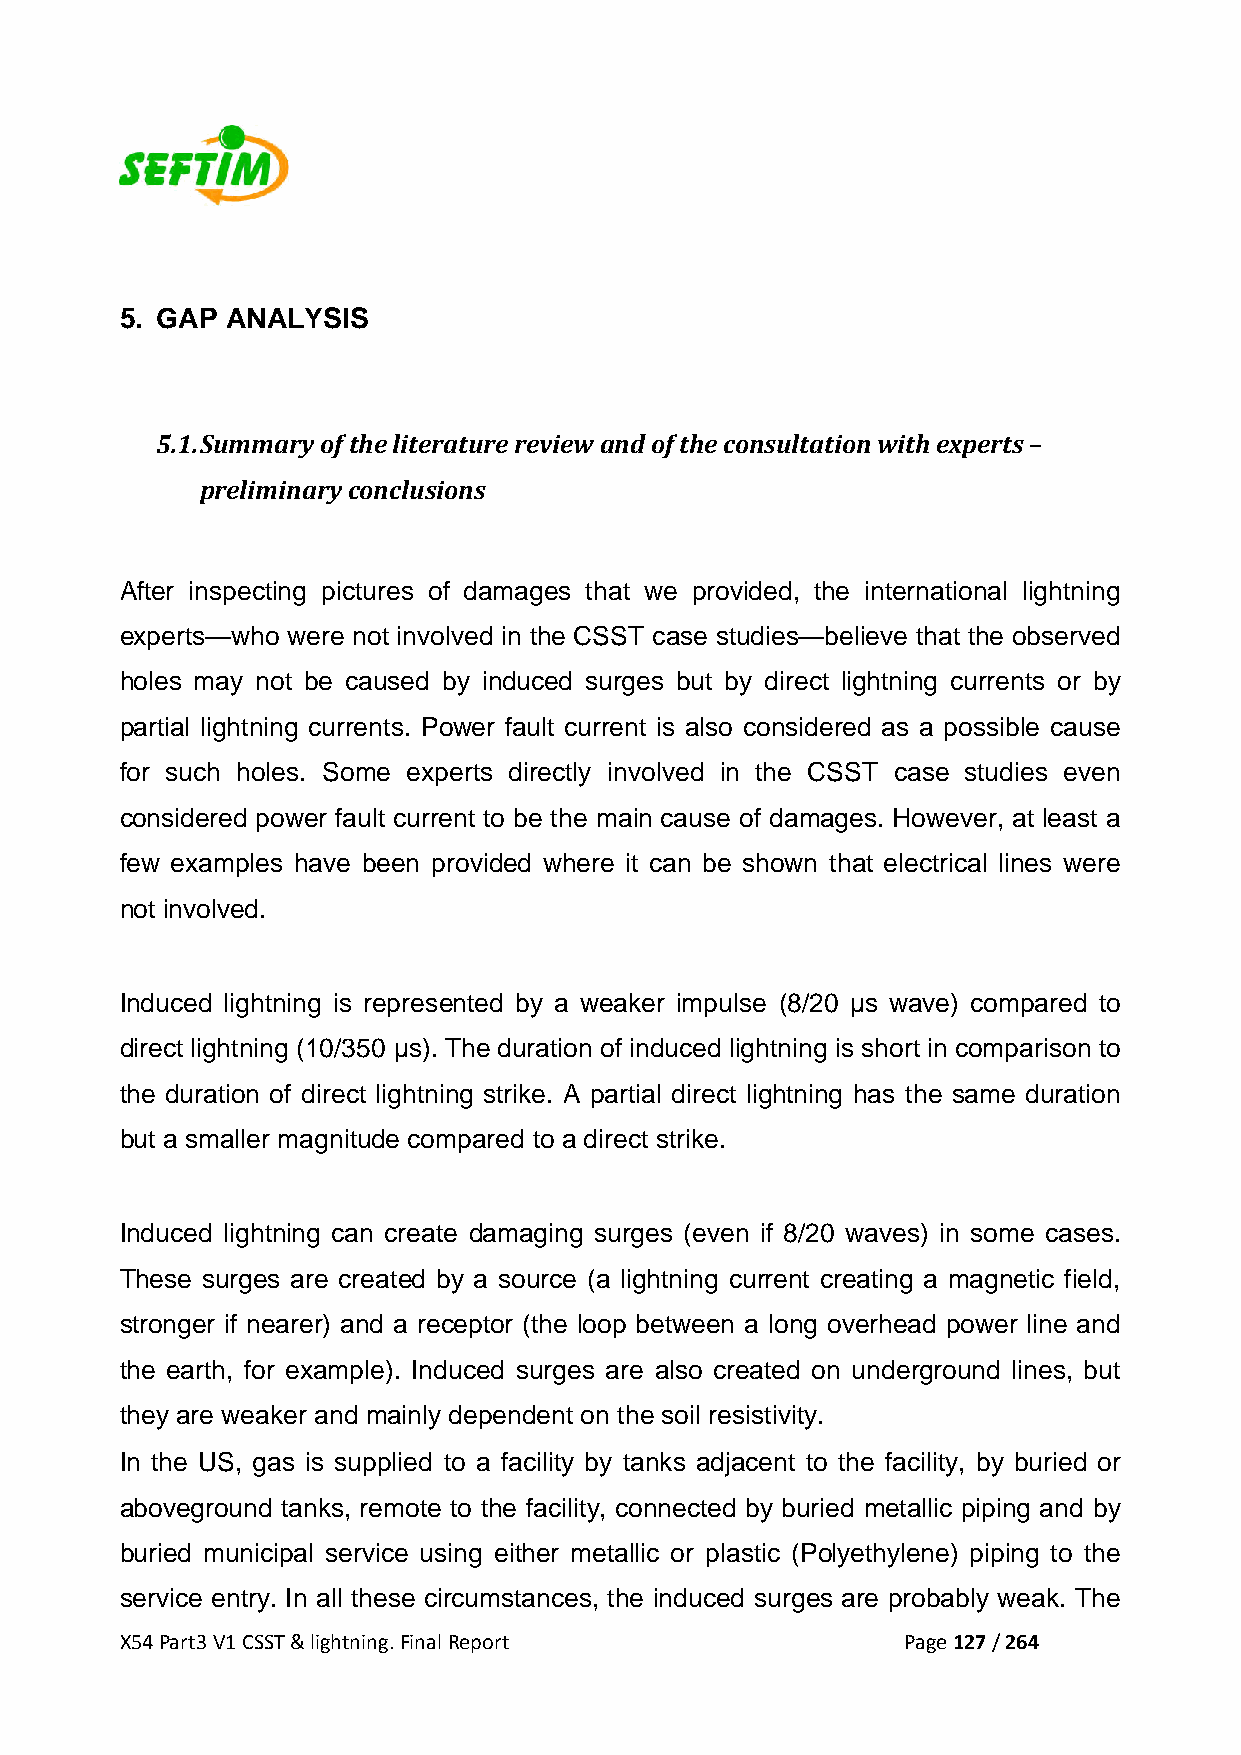
5. GAP ANALYSIS
 5.1. Summary of the literature review and of the consultation with experts –
 preliminary conclusions
 After inspecting pictures of damages that we provided, the international lightning
 experts—who were not involved in the CSST case studies—believe that the observed
 holes may not be caused by induced surges but by direct lightning currents or by
 partial lightning currents. Power fault current is also considered as a possible cause
 for such holes. Some experts directly involved in the CSST case studies even
 considered power fault current to be the main cause of damages. However, at least a
 few examples have been provided where it can be shown that electrical lines were
 not involved.
 Induced lightning is represented by a weaker impulse (8/20 µs wave) compared to
 direct lightning (10/350 µs). The duration of induced lightning is short in comparison to
 the duration of direct lightning strike. A partial direct lightning has the same duration
 but a smaller magnitude compared to a direct strike.
 Induced lightning can create damaging surges (even if 8/20 waves) in some cases.
 These surges are created by a source (a lightning current creating a magnetic field,
 stronger if nearer) and a receptor (the loop between a long overhead power line and
 the earth, for example). Induced surges are also created on underground lines, but
 they are weaker and mainly dependent on the soil resistivity.
 In the US, gas is supplied to a facility by tanks adjacent to the facility, by buried or
 aboveground tanks, remote to the facility, connected by buried metallic piping and by
 buried municipal service using either metallic or plastic (Polyethylene) piping to the
 service entry. In all these circumstances, the induced surges are probably weak. The
 X54 Part3 V1 CSST & lightning. Final Report         Page 127 / 264